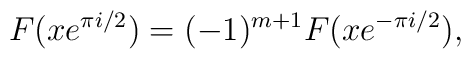
F(xe^{\pi i/2})=(-1)^{m+1}F(xe^{-\pi i/2}),